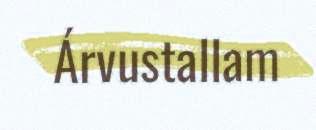
Árvustallam